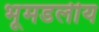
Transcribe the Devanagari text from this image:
भूमडलीय